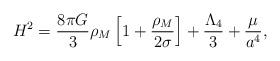
LaTeX: \begin{align*}H^2 = \frac{8\pi G}{3}\rho_M\left[1+\frac{\rho_M}{2\sigma}\right] +\frac{\Lambda_4}{3} + \frac{\mu}{a^4},\end{align*}